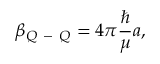
\beta _ { Q \mathrm { ~ - ~ } Q } = 4 \pi \frac { \hbar } { \mu } a ,